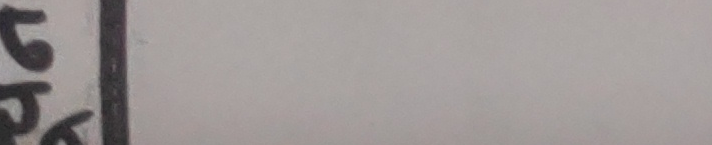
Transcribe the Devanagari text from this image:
६६